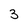
Character: 3